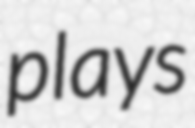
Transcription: plays